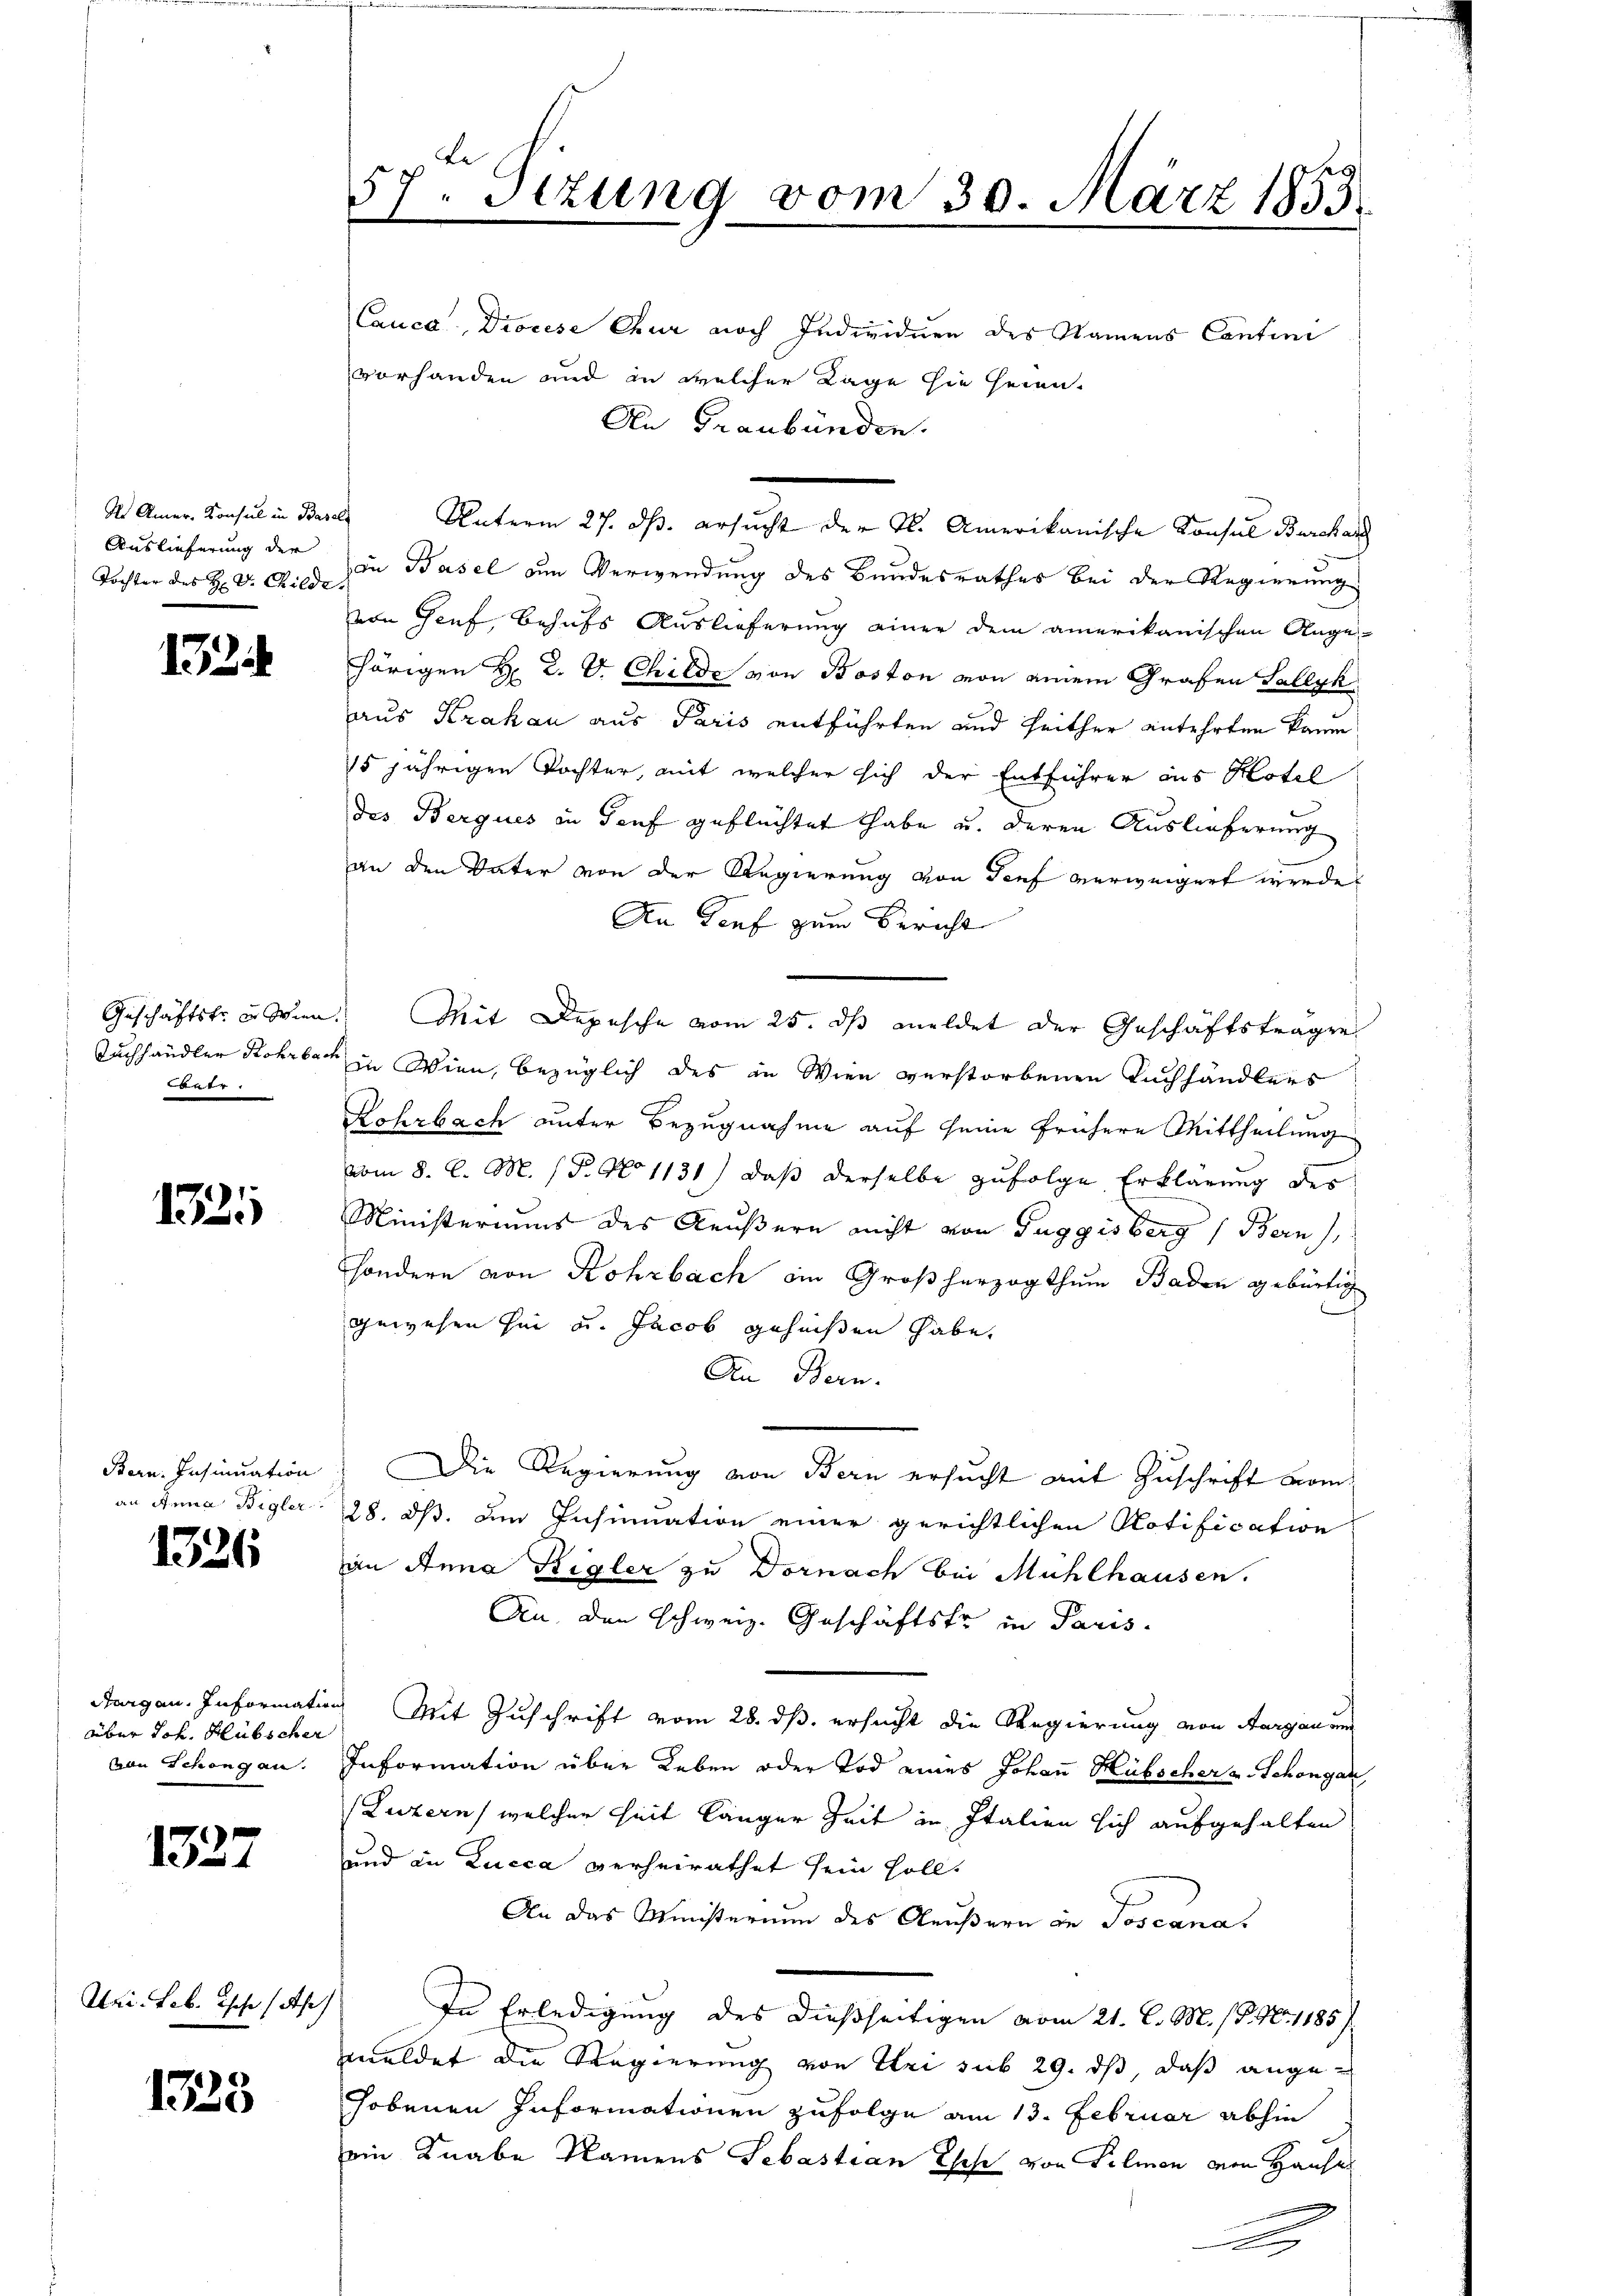
Auslieferung der
Tochter des H. D. Childe

132

Geschäftsfr. in Wien
Tuchhändler Rohrbach
e

1325

Born. Insinuation
an Anna Bigler

1326

dgan. Information
über Joh. Hübscher
von Schöngau.

1327

Uri. Feb. Ich sah

1325

57ten Sizung vom 30. März 1853.

Cauca, Diocese Chur noch Individuen des Namens Contini
vorhanden und in welcher Lage hie heien.
an Basel am Verwendung des Bundesrathes bei der Regierung
von Genf, Behufs Auslieferung einer dem amerikanischen Ange-
hörigen H. R. V. Childe von Boston von einem Grafen Sallyk
aus Krakau aus Paris entführten und seither anlehrten kaum
15 jährigen Tochter, mit welcher sich der Entführer aus Hotel
des Berques in Genf geflüchtet habe u. deren Auslieferung
an den Vater von der Regierung von Senf verweigert werde.
Da Senf zum Bericht
 Mit Depesche vom 25. ds meldet der Geschäftsträge
in Wien, bezüglich des in Wien verstorbenen Buchhändlers
Rohrbach unter Bezugnahme auf seine frühere Mittheilung
vom 8. d. M. P. No 1131) daß derselbe zufolge Erklärung des
Ministeriums des Aeußern nicht von Tuggisberg (Bern,
sondern von Rohrbach ein Großherzogthum Baden gebürtig
gewesen sei u. Jacob geheißen habe,
An Bern.
Die Regierung von Bern ersucht mit Zuschrift vom
28. ds. dem Insinuation einer gerichtlichen Notification
an Anna Bigler zu Dornach bei Mühlhausen.
An den Schweiz. Geschäftsfr in Paris
 Mit Zuschrift vom 28. ds. ersucht die Regierung von Aargau und
Information über Leben oder Tod eines Johaṅ Hübscher u. Schongau
(Luzern, welcher Zeit länger Zeit in Italien sich aufgehalten
und in Lucca verheirathet sein soll.
An das Ministerium des Aeußern in Joscana
In Erledigung des dießseitigen vom 21. C. M. (T. N. 1185/
meldet die Regierung von Uri sub 29. ds, daß angehobenen Informationen zufolge am 13. Februar abhin
ein Knabe Namens Sebastian Esche von Pilmen von Hauses
g

An Graubünden.

U Amner Konsul in Basels Unterm 27. ds. ersucht der K. Amerikanische Konsul Burcharg